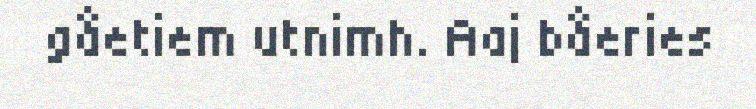
gåetiem utnimh. Aaj båeries